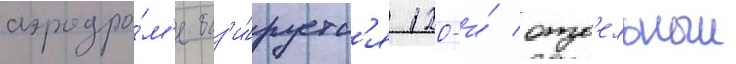
аэродро́м'е баз'и́руетс'я 120-и́ отд'ельныи